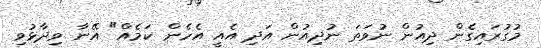
މުގުރައިގެން ދިއުން ނުވަތަ ނުދިއުން އަދި އެއީ އެހެން ކަމެއް" އޭނާ ވިދާޅުވި